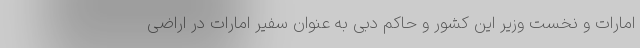
امارات و نخست وزیر این کشور و حاکم دبی به عنوان سفیر امارات در اراضی